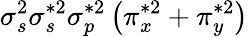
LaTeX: \sigma_{s}^{2}\sigma_{s}^{*2}\sigma_{p}^{*2}\left(\pi_{x}^{*2}+\pi_{y}^{*2}\right)